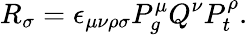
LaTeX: R_{\sigma}=\epsilon_{\mu\nu\rho\sigma}P_{g}^{\mu}Q^{\nu}P_{t}^{\rho}.